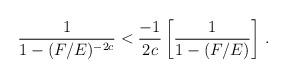
LaTeX: \begin{align*}\frac{1}{1-(F/E)^{-2c}}<\frac{-1}{2c} \left[ \frac{1}{1-(F/E)} \right]\, .\end{align*}